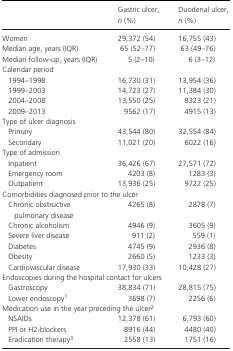
|  | Gastric ulcer, n (%) | Duodenal ulcer, n (%) |
 | --- | --- | --- |
 | Women | 29,372 (54) | 16,755 (43) |
 | Median age, years (IQR) | 65 (52–77) | 63 (49–76) |
 | Median follow‐up, years (IQR) | 5 (2–10) | 6 (3–12) |
 | <COLSPAN=3> Calendar period |
 | 1994–1998 | 16,730 (31) | 13,954 (36) |
 | 1999–2003 | 14,723 (27) | 11,384 (30) |
 | 2004–2008 | 13,550 (25) | 8323 (21) |
 | 2009–2013 | 9562 (17) | 4915 (13) |
 | <COLSPAN=3> Type of ulcer diagnosis |
 | Primary | 43,544 (80) | 32,554 (84) |
 | Secondary | 11,021 (20) | 6022 (16) |
 | <COLSPAN=3> Type of admission |
 | Inpatient | 36,426 (67) | 27,571 (72) |
 | Emergency room | 4203 (8) | 1283 (3) |
 | Outpatient | 13,936 (25) | 9722 (25) |
 | <COLSPAN=3> Comorbidities diagnosed prior to the ulcer |
 | Chronic obstructive pulmonary disease | 4265 (8) | 2878 (7) |
 | Chronic alcoholism | 4946 (9) | 3605 (9) |
 | Severe liver disease | 911 (2) | 559 (1) |
 | Diabetes | 4745 (9) | 2936 (8) |
 | Obesity | 2660 (5) | 1233 (3) |
 | Cardiovascular disease | 17,930 (33) | 10,428 (27) |
 | <COLSPAN=3> Endoscopies during the hospital contact for ulcers |
 | Gastroscopy | 38,834 (71) | 28,815 (75) |
 | Lower endoscopya | 3698 (7) | 2256 (6) |
 | <COLSPAN=3> Medication use in the year preceding the ulcerb |
 | NSAIDs | 12,378 (61) | 6,793 (60) |
 | PPI or H2‐blockers | 8916 (44) | 4480 (40) |
 | Eradication therapyc | 2558 (13) | 1751 (16) |